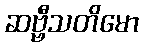
ဆဗ္ဗီသတိမော